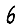
Digit: 6